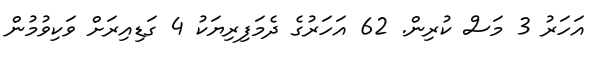
އަހަރު 3 މަސް ކުރިން. 62 އަހަރުގެ ދެމަފިރިޔަކު 4 ގަޑިއިރަށް ވަކިވުމުން